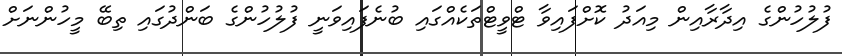
ފުލުހުންގެ އިދާރާއިން މިއަދު ކޮށްފައިވާ ޓްވީޓްތަކެއްގައި ބުނެފައިވަނީ ފުލުހުންގެ ބަންދުގައި ތިބޭ މީހުންނަށް